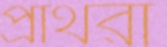
প্রাথর্রা